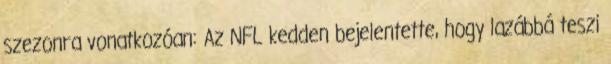
szezonra vonatkozóan: Az NFL kedden bejelentette, hogy lazábbá teszi